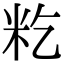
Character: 籺